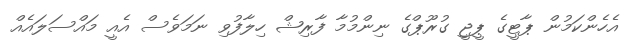
އެހެންކަމުން ޕާޓީގެ ޕީޖީ ގުރޫޕްގެ ނިންމުމާ ފާރިޝް ހިލާފުވި ނަމަވެސް އެއީ މައްސަލައެއް